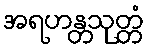
အရဟန္တသုတ္တံ